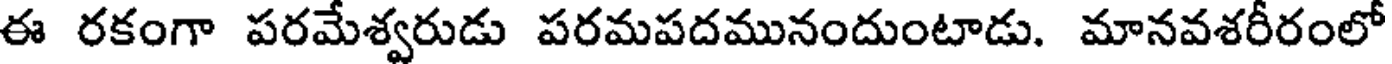
ఈ రకంగా పరమేశ్వరుడు పరమపదమునందుంటాడు. మానవశరీరంలో